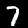
Label: 7